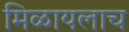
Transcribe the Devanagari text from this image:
मिळायलाच